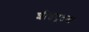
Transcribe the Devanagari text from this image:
शीतपूतना